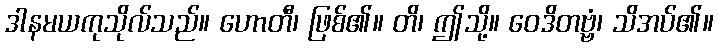
ဒါနမယကုသိုလ်သည်။ ဟောတီ၊ ဖြစ်၏။ တိ၊ ဤသို့။ ဝေဒိတဗ္ဗံ၊ သိအပ်၏။